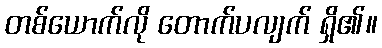
တစ်ယောက်လို တောက်ပလျက် ရှိ၏။